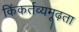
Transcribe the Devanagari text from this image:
किंकर्तव्यमूढ़ता